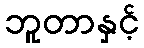
ဘူတာနှင့်